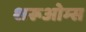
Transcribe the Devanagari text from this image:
शरूओम्स